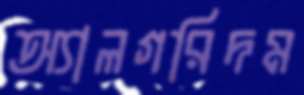
অ্যালগরিদম